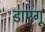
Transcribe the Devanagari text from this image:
डाएगू